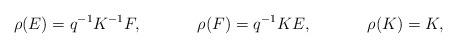
LaTeX: \begin{align*}\rho(E) = q^{-1}K^{-1}F, \mspace{60mu} \rho(F) = q^{-1}KE , \mspace{60mu} \rho(K)=K,\end{align*}